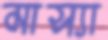
মাস্যা